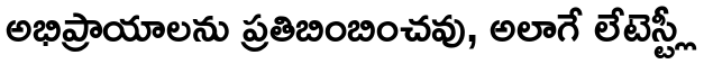
అభిప్రాయాలను ప్రతిబింబించవు, అలాగే లేటెస్ట్లీ